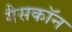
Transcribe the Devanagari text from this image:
गैसकॉन